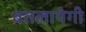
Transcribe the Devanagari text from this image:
बतलायेगी